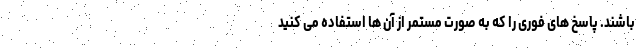
باشند. پاسخ های فوری را که به صورت مستمر از آن ها استفاده می کنید